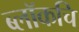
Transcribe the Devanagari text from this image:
ब्लॉकचि